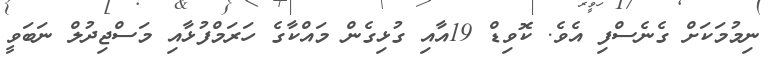
ނިމުމަކަށް ގެނެސްފި އެވެ. ކޮވިޑް 19އާއި ގުޅިގެން މައްކާގެ ހަރަމްފުޅާއި މަސްޖިދުލް ނަބަވީ